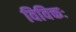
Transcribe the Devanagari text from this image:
विविक्तः